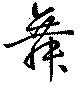
舞